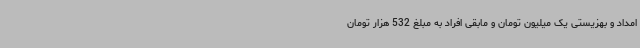
امداد و بهزیستی یک میلیون تومان و مابقی افراد به مبلغ 532 هزار تومان